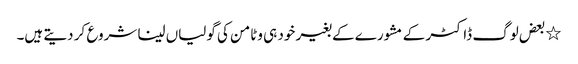
٭بعض لوگ ڈاکٹر کے مشورے کے بغیر خود ہی وٹامن کی گولیاں لینا شروع کر دیتے ہیں۔